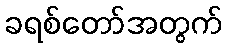
ခရစ်တော်အတွက်